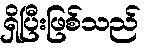
ရှိပြီးဖြစ်သည်